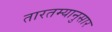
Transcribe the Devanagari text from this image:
तारतम्यानुसार